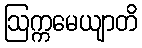
ဩက္ကမေယျာတိ